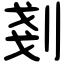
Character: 剗